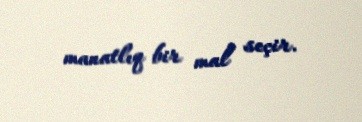
manatlıq bir mal seçir.